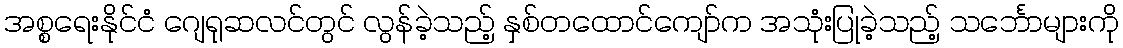
အစ္စရေးနိုင်ငံ ဂျေရုဆလင်တွင် လွန်ခဲ့သည့် နှစ်တထောင်ကျော်က အသုံးပြုခဲ့သည့် သင်္ဘောများကို